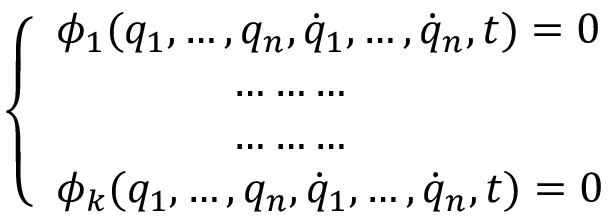
\left\{ \begin{array} { l l } { \phi _ { 1 } ( q _ { 1 } , \dots , q _ { n } , { \dot { q } } _ { 1 } , \dots , { \dot { q } } _ { n } , t ) = 0 } \\ { \qquad \qquad \dots \dots \dots } \\ { \qquad \qquad \dots \dots \dots } \\ { \phi _ { k } ( q _ { 1 } , \dots , q _ { n } , { \dot { q } } _ { 1 } , \dots , { \dot { q } } _ { n } , t ) = 0 } \end{array} \right.